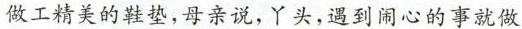
做工精美的鞋垫，母亲说，丫头，遇到闹心的事就做